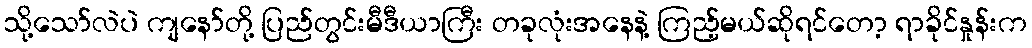
သို့သော်လဲပဲ ကျနော်တို့ ပြည်တွင်းမီဒီယာကြီး တခုလုံးအနေနဲ့ ကြည့်မယ်ဆိုရင်တော့ ရာခိုင်နှုန်းက